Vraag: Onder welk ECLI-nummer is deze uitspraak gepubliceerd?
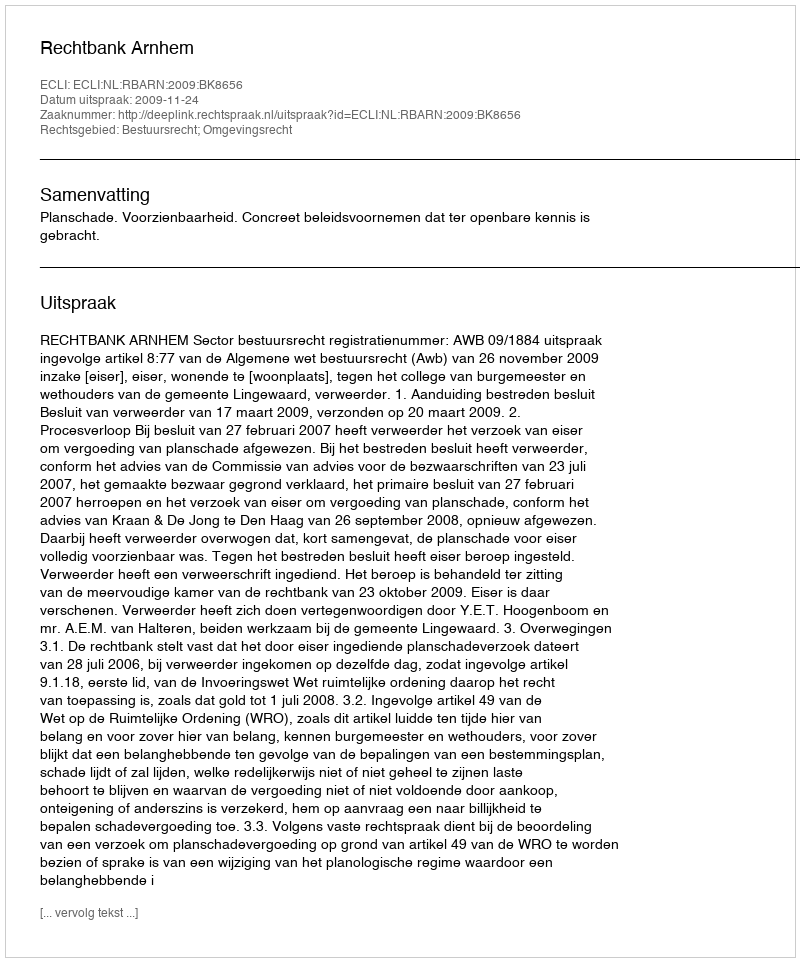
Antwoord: ECLI:NL:RBARN:2009:BK8656